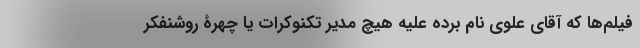
فیلم‌ها که آقای علوی نام برده علیه هیچ مدیر تکنوکرات یا چهرۀ روشنفکر